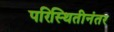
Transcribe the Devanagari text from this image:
परिस्थितीनंतर